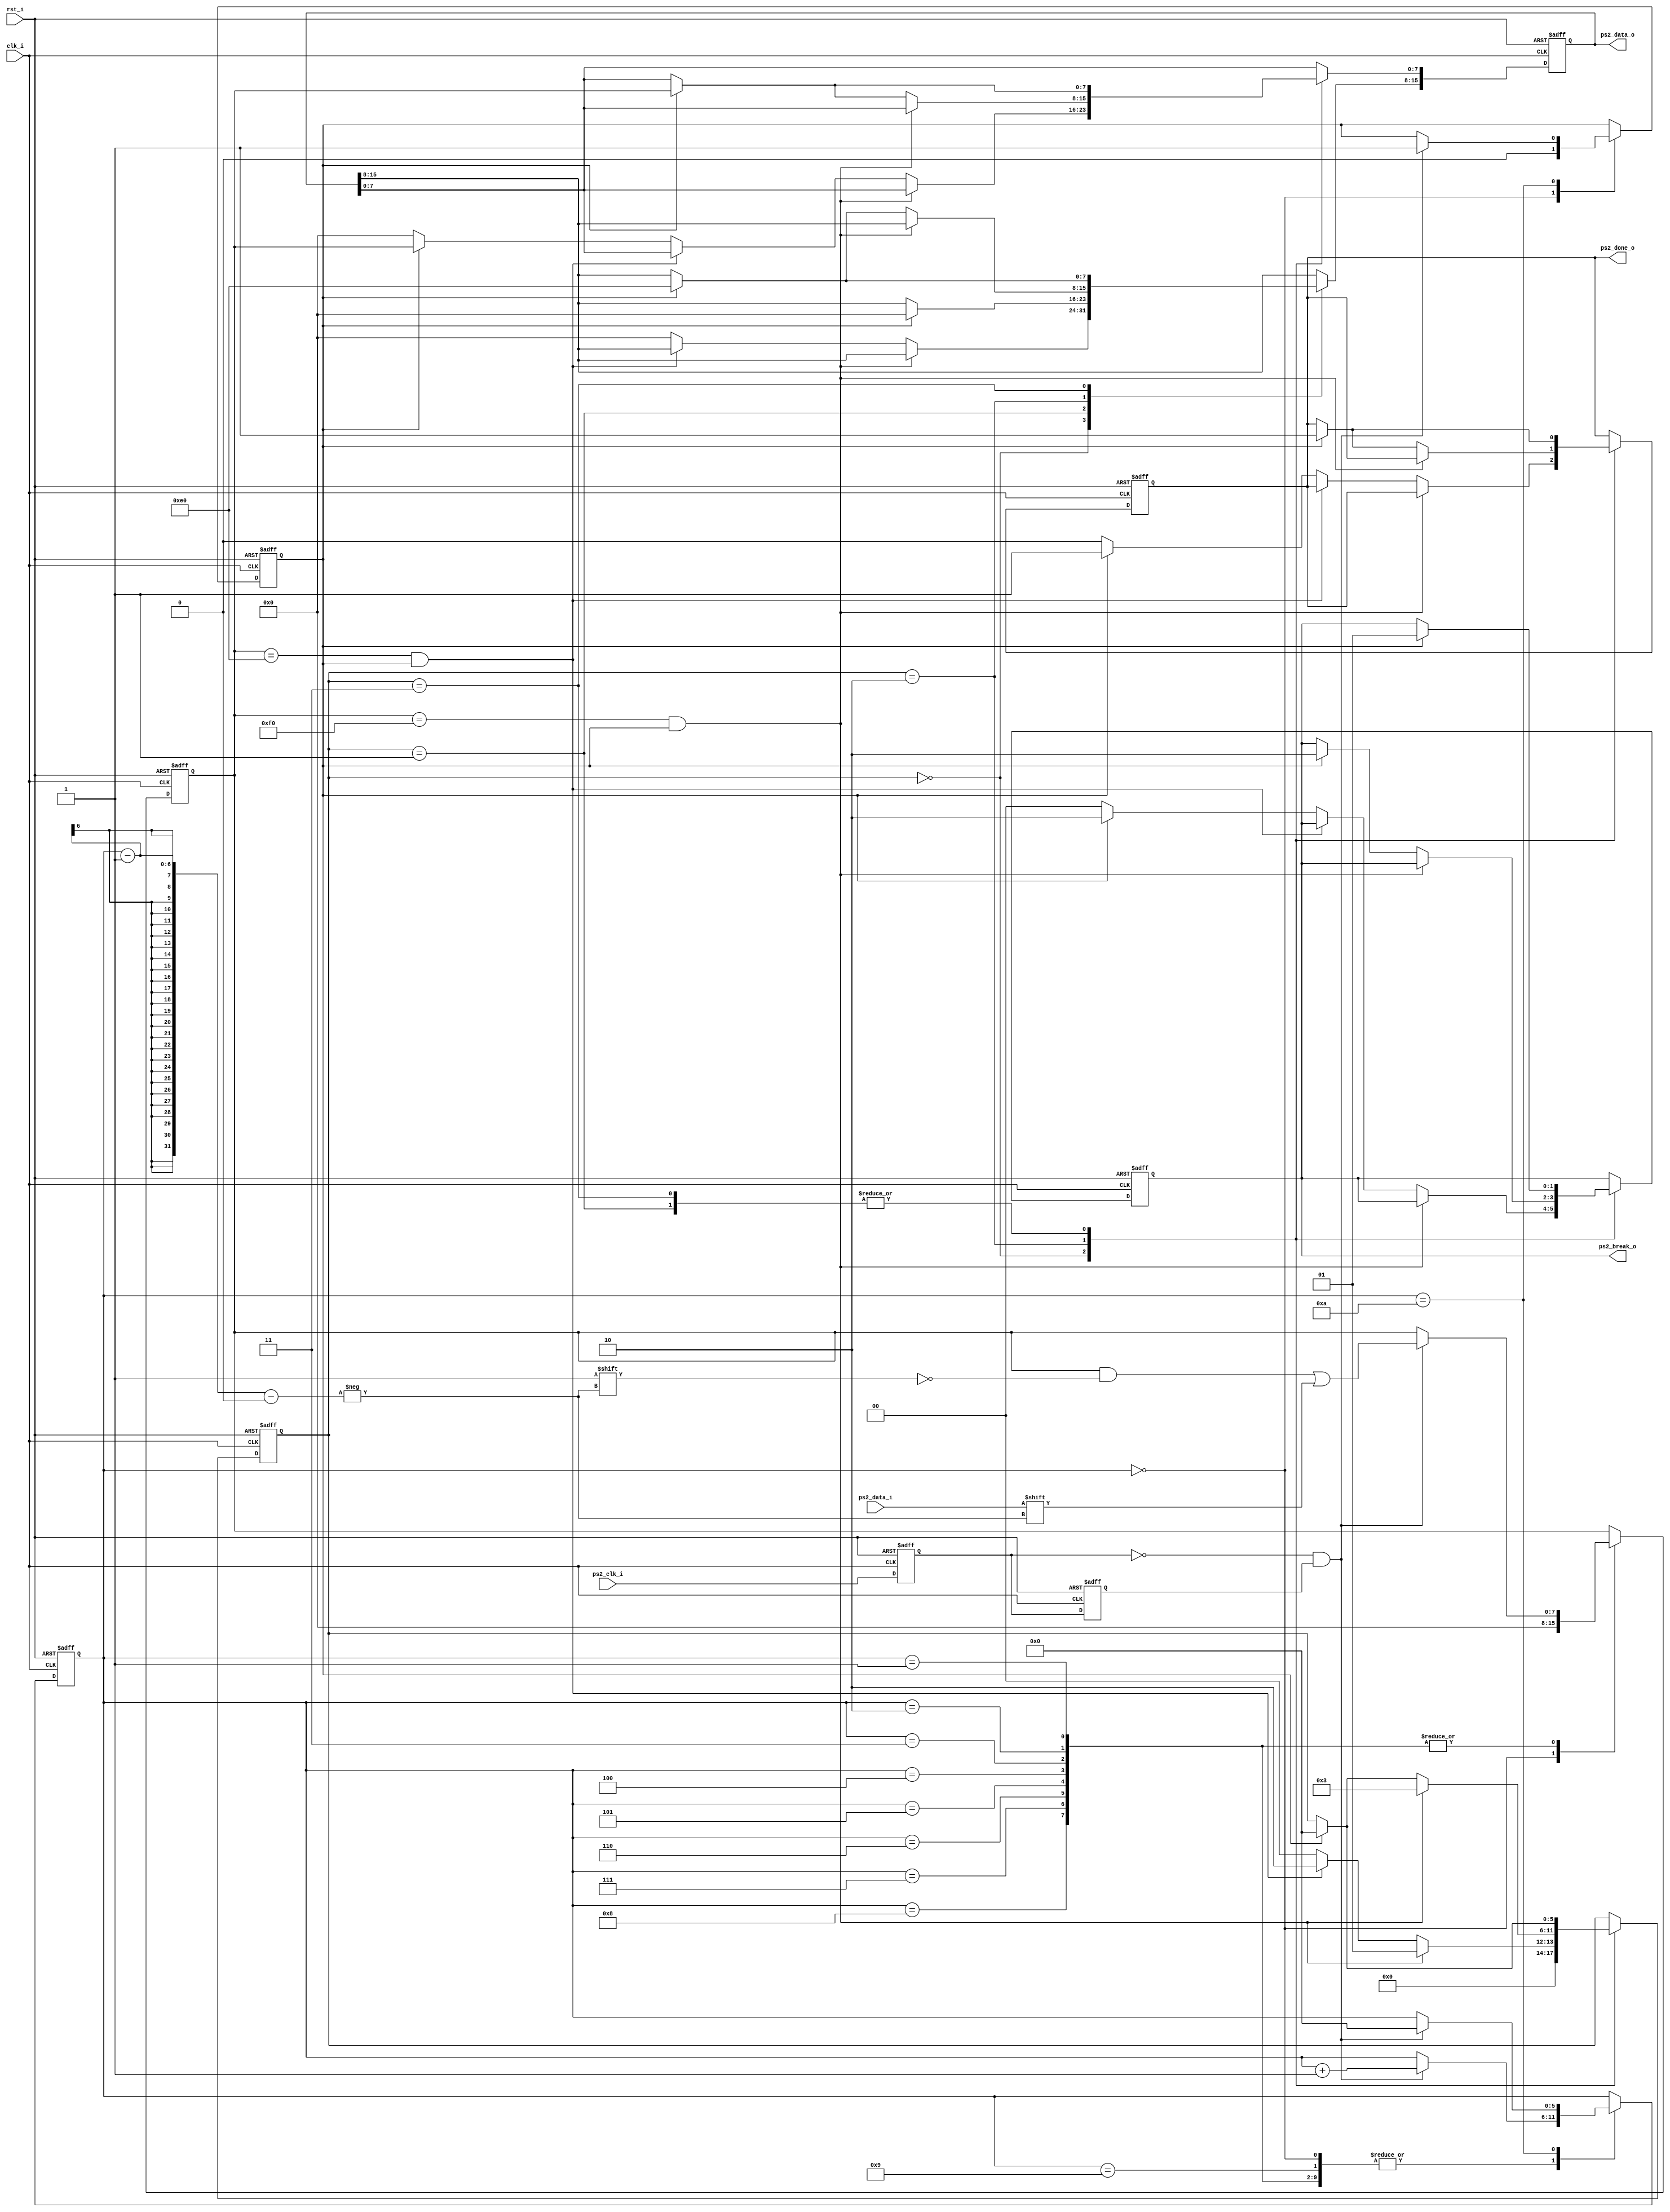
//  Titleps2
//  2015-06-14 by Segment
//  PS2.v  
//  PS2 
//		:ps2_clk_i ps2_data_iPS2
//  	:  ps2_data_o   ps2_break_o  ps2_done_o
//		clk_i 01   10
//		2015.6.14 :


module ps2(clk_i,rst_i,ps2_clk_i,ps2_data_i,ps2_data_o,ps2_break_o,ps2_done_o);
	input			clk_i;
	input			rst_i;
	input			ps2_clk_i;
	input 			ps2_data_i;
	output[15:0]	ps2_data_o;
	output[1:0] 	ps2_break_o;
	output			ps2_done_o;
	
	reg 			ps2_clk_d1,ps2_clk_d2;
	reg[5:0]		st_ps2 = 0;
	reg[5:0]    st_dat = 0;
	reg[7:0]		ps2_data_r = 0;
	reg			ps2_done_r = 0;
	reg[15:0]	double_data_r;
	reg[1:0] 	ma_br_r;
	reg			data_done_r;
	wire			ps2_clk_down;
	parameter   BREAK = 2'b01;
	parameter   MAKE =  2'b10;
	
assign ps2_clk_down = ~ps2_clk_d1 & ps2_clk_d2;
assign ps2_data_o   = double_data_r;
assign ps2_break_o      = ma_br_r;
assign ps2_done_o   = data_done_r;



always@(posedge clk_i or negedge rst_i) begin
	if(!rst_i)begin
		ps2_clk_d1 <= 0;
		ps2_clk_d2 <= 0;
	end
	
	else begin		
		ps2_clk_d1 <= ps2_clk_i;
		ps2_clk_d2 <= ps2_clk_d1;
	end	
end

//always@(posedge clk_i or negedge rst_i) begin
//	if(!rst_i)begin
//		ps2_data_use <= 0;
//		ps2_data_tmp <= 0;
//	end
//	
//	else if(ps2_done_r == 1) begin
//		
//		if(ps2_data_r == 'hf0) begin
//			ps2_data_use <= ps2_data_tmp;
//		end
//		else if(ps2_data_r != 'he0)begin
//			ps2_data_tmp <= ps2_data_r;
//			ps2_data_use <= 0;
//		end
//	end
//	else begin
//		ps2_data_use <= 0;
//	end
//end

always@(posedge clk_i or negedge rst_i) begin
	if(!rst_i)begin
		double_data_r <= 0;
		ma_br_r 	     <= 0;
		data_done_r   <= 0;
		st_dat	     <= 0;
	end
	
	else begin
		case(st_dat)
		0: begin		// idle:  wait for f0 e0 xx
			if(ps2_data_r == 8'hf0 && ps2_done_r == 1) begin
				st_dat <= 1;
			end
			
			else if(ps2_data_r == 8'he0 && ps2_done_r == 1) begin
				st_dat <=  2;
			end
			
			else if(ps2_done_r == 1) begin
				ma_br_r <= MAKE;
				data_done_r <= 1;
				double_data_r[15:8] <= 8'h0;
				double_data_r[7:0] <= ps2_data_r[7:0];
				st_dat <= 0;		
			end
			
			else begin
				double_data_r <= 0;
				ma_br_r 	     <= 0;
				data_done_r   <= 0;
				st_dat	     <= 0;
			end
		end
		
		1: begin			// single break
			if(ps2_done_r == 1) begin
				ma_br_r <= BREAK;
				data_done_r <= 1;
				double_data_r[15:8] <= 8'h0;
				double_data_r[7:0] <= ps2_data_r[7:0];
				st_dat <= 0;
			end
		end
		
		2: begin			//  double dat 
			if(ps2_data_r == 8'hf0 && ps2_done_r == 1) begin
				st_dat <= 3;			
			end
			
			else if(ps2_done_r == 1) begin
				ma_br_r <= MAKE;
				data_done_r <= 1;
				double_data_r[15:8] <= 8'he0;
				double_data_r[7:0] <= ps2_data_r[7:0];
				st_dat <= 0;				
			end
		end
		
		3: begin      //   double break
			if(ps2_done_r == 1) begin
				ma_br_r <= BREAK;
				data_done_r <= 1;
				double_data_r[15:8] <= 8'he0;
				double_data_r[7:0] <= ps2_data_r[7:0];
				st_dat <= 0;			
			end
		end
	   endcase
	end
end

	
always@(posedge clk_i or negedge rst_i) begin
	if(!rst_i)begin
		st_ps2 <= 0;
		ps2_data_r <= 0;
		ps2_done_r <= 0;
	end
	
	else begin
		case(st_ps2) 
			0: begin
				ps2_data_r <= 0;
				ps2_done_r <= 0;
				if(ps2_clk_down) begin
					st_ps2 <= st_ps2 + 1;
				end
			end
			
			1,2,3,4,5,6,7,8: begin
				if(ps2_clk_down) begin
					ps2_data_r[st_ps2 - 1] <= ps2_data_i;
					st_ps2 <= st_ps2 + 1;

				end
			end
			
			9: begin
				if(ps2_clk_down) begin
					st_ps2 <= st_ps2 + 1;
				end				
			end
			
			10: begin
				if(ps2_clk_down) begin
					st_ps2 <= 0;
					ps2_done_r <= 1;
				end				
			end
			
			
//			11 : begin
//				if(ps2_data_r == 8'he0)begin
//					st_ps2 <= 23;
//				end
//				else if(ps2_data_r == 8'hf0)begin
//					st_ps2 <= 12;
//				end
//				
//				else begin
//					st_ps2 <= 23;
//				end
//			end

			
//			ingore this			
//			12,13,14,15,16,17,18,19,20,21,22 : begin
//				if(ps2_clk_down) begin
//					st_ps2 <= st_ps2 + 1;
//				end					
//			end
//			
//			23 : begin
//				st_ps2 <= st_ps2 + 1;
//				ps2_done_r <= 1;
//			end
//			
//			24 : begin
//				st_ps2 <= 0;
//				ps2_done_r <= 0;
//			end
		endcase	
	end		
end		
				
	
	
	
	
	
endmodule